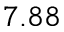
7 . 8 8